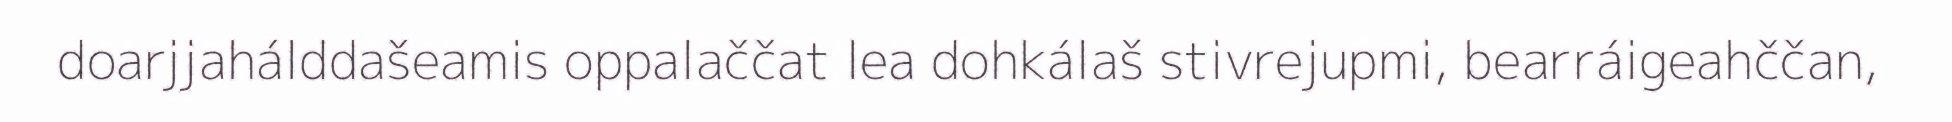
doarjjahálddašeamis oppalaččat lea dohkálaš stivrejupmi, bearráigeahččan,